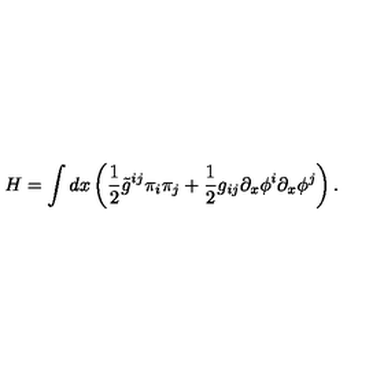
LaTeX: H = \int d x \left( { \frac { 1 } { 2 } } \tilde { g } ^ { i j } \pi _ { i } \pi _ { j } + { \frac { 1 } { 2 } } g _ { i j } \partial _ { x } \phi ^ { i } \partial _ { x } \phi ^ { j } \right) .